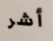
أشر